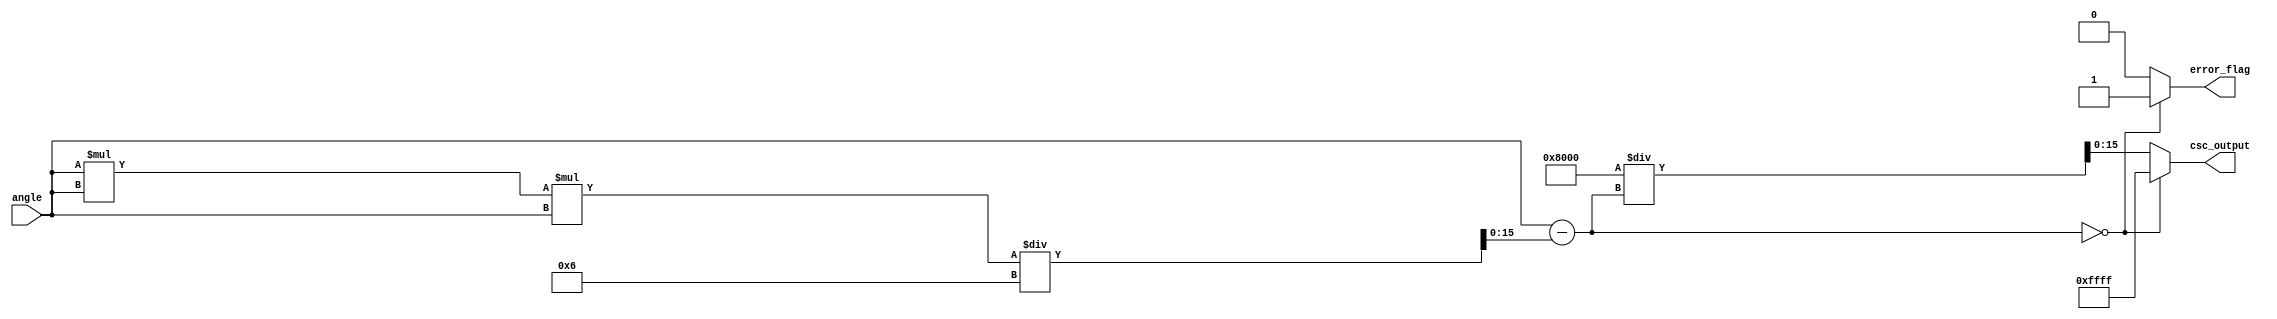
module csc_arithmetic_block #(
    parameter N = 16, // Width of input angle
    parameter M = 16  // Width of output cosecant
)(
    input  [N-1:0] angle,      // Input angle in radians
    output reg [M-1:0] csc_output, // Cosecant output
    output reg error_flag       // Error flag for division by zero
);

    // Internal signals
    wire signed [N-1:0] sin_value;
    reg signed [N-1:0] sin_value_fixed;
    reg signed [M-1:0] reciprocal;

    // Simple sine approximation (for demonstration purposes)
    // You can replace this with a more accurate sine calculation
    function signed [N-1:0] sine_approx(input signed [N-1:0] x);
        // Simple Taylor series approximation for sine
        // sin(x) = x - x^3/3! + x^5/5! - x^7/7! + ...
        // Only first two terms for simplicity
        sine_approx = x - (x * x * x) / 6; // x^3/3!
    endfunction

    // Compute sine value
    assign sin_value = sine_approx(angle);

    always @(*) begin
        // Initialize outputs
        csc_output = {M{1'b0}};
        error_flag = 1'b0;

        // Normalize sine value to fixed-point representation
        sin_value_fixed = sin_value;

        // Check for division by zero
        if (sin_value_fixed == 0) begin
            error_flag = 1'b1; // Set error flag for division by zero
            csc_output = {M{1'b1}}; // Set output to max value (error indication)
        end else begin
            // Calculate reciprocal of sine value
            reciprocal = (1 << (M-1)) / sin_value_fixed; // Using fixed-point division
            csc_output = reciprocal[M-1:0]; // Assign result to output
        end
    end

endmodule